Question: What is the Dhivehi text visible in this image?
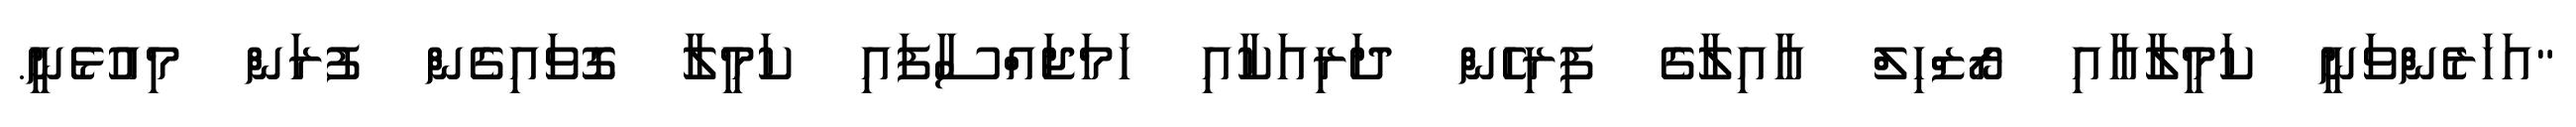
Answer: "އަހަރެންވަނީ ކަމީލާއާއި ރޯޒްހިލް އާއިލާގެ ފިރިހެން ދަރިއަކާއި ހަމަޖައްސާފައި ކަމީލާ ގޮވައިގެން ފުރަން މިއުޅެނީ.